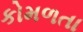
કોમળતા